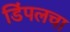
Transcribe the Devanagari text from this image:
डिंपलचा